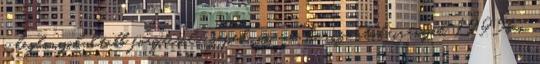
a legbonyolultabb forgácsoló gépek, az ún. horizontok irányát. 1995ben